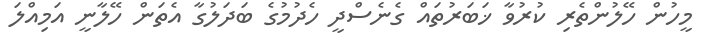
މީހުން ހޭލުންތެރި ކުރުވާ ޚަބަރުތައް ގެނެސްދީ ހެދުމުގެ ބަދަލުގާ އެތަން ހޭލާނީ އަމިއްލަ